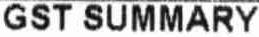
GST SUMMARY